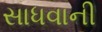
સાધવાની